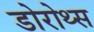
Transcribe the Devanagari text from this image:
डोरोथ्स